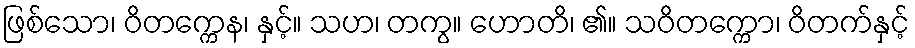
ဖြစ်သော၊ ဝိတက္ကေန၊ နှင့်။ သဟ၊ တကွ။ ဟောတိ၊ ၏။ သဝိတက္ကော၊ ဝိတက်နှင့်